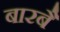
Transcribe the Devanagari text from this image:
बारबै